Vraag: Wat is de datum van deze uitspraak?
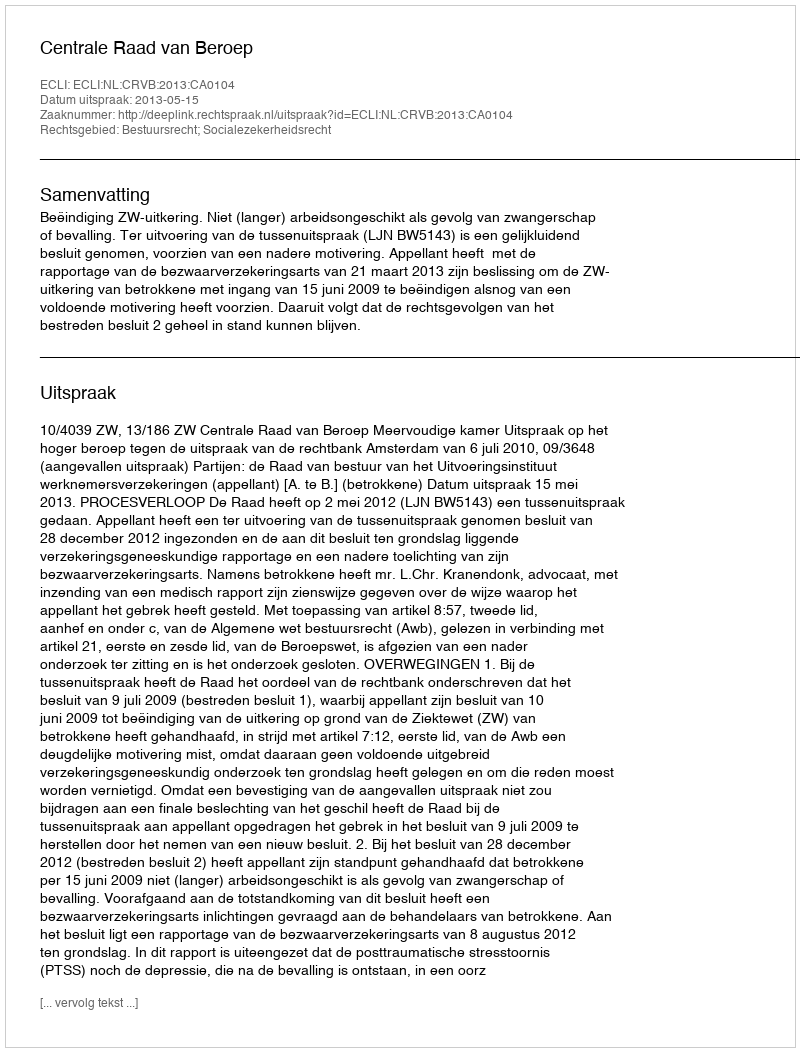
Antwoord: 2013-05-15